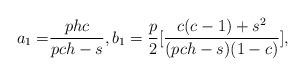
LaTeX: \begin{align*}a_1=& \frac{phc}{pch -s}, b_1=\frac{p}{2}[\frac{c(c-1)+s^2}{(pch-s)(1-c)}], \end{align*}